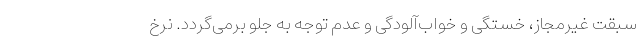
سبقت غیرمجاز، خستگی و خواب‌آلودگی و عدم توجه به جلو برمی‌گردد. نرخ